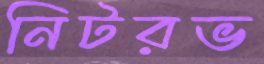
নিটরভ